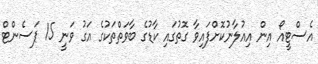
އެސްޓީއޯ އިން އިއުލާނުކޮށްފައިވާ ގޮތުގައި ކާޑުގެ ބާވަތްތަކުގެ އަގު ވަނީ 15 ޕަސެންޓް